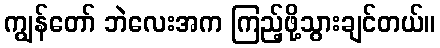
ကျွန်တော် ဘဲလေးအက ကြည့်ဖို့သွားချင်တယ်။